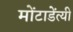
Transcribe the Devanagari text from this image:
मोंटाडेंत्यी